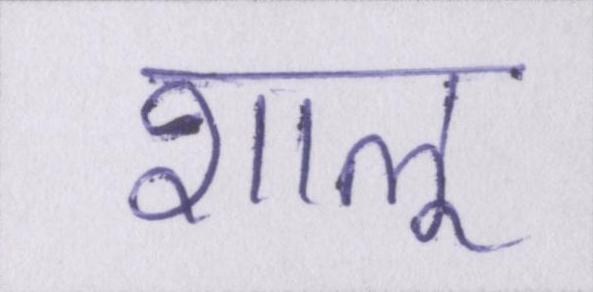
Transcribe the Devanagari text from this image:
शालू